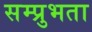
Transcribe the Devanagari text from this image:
सम्प्रुभता